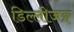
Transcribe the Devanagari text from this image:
डिल्लीजङ्ग